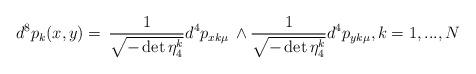
LaTeX: \begin{align*}d^8p_k(x,y)=\,\frac{1}{\sqrt{-\det \eta^k_4 }}d^4p_{xk\mu}\,\wedge \frac{1}{\sqrt{-\det \eta^k_4 }}d^4p_{yk\mu},k=1,...,N\end{align*}